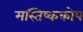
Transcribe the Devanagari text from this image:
मस्तिष्ककोप